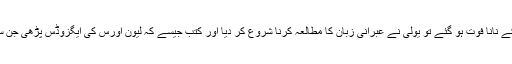
جب یولی ادلستین کے نانا فوت ہو گئے تو یولی نے عبرانی زبان کا مطالعہ کرنا شروع کر دیا اور کتب جیسے کہ لیون اورس کی ایگزوڈس پڑھی جن سے وہ متاثر ہوئے۔